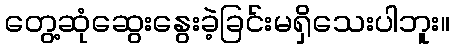
တွေ့ဆုံဆွေးနွေးခဲ့ခြင်းမရှိသေးပါဘူး။